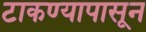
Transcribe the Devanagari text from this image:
टाकण्यापासून